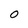
Character: 0